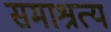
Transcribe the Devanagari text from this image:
समाश्रत्य